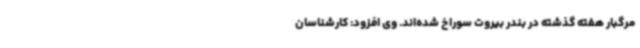
مرگبار هفته گذشته در بندر بیروت سوراخ شده‌اند. وی افزود: کارشناسان